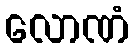
လောဏံ